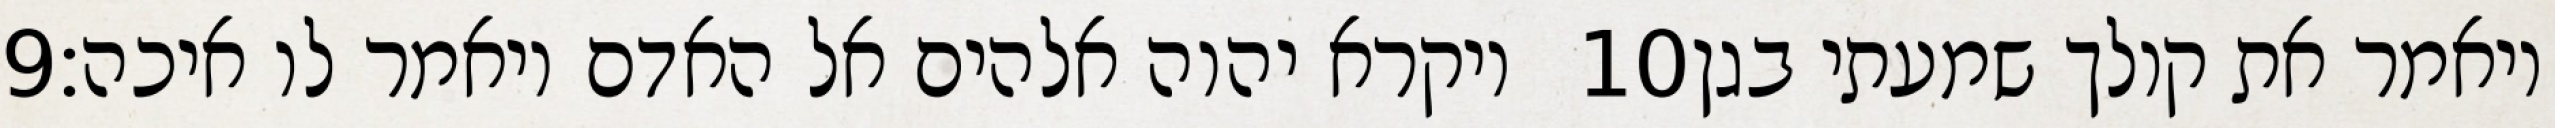
‎9‏ ויקרא יהוה אלהים אל האדם ויאמר לו איכה׃ ‎10‏ ויאמר את קולך שמעתי בגן